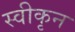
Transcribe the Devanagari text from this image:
स्वीकृन